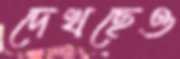
দেখছেও